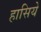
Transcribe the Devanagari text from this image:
हासिये